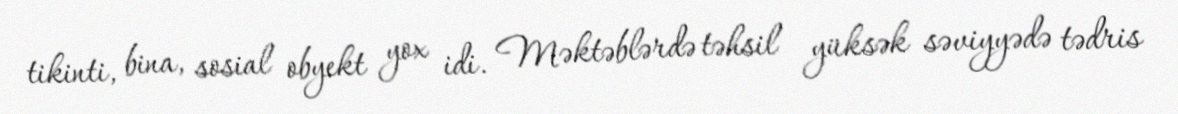
tikinti, bina, sosial obyekt yox idi. Məktəblərdə təhsil yüksək səviyyədə tədris